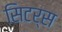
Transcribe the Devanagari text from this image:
सिटर्स